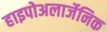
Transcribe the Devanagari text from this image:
हाइपोअलार्जेनिक